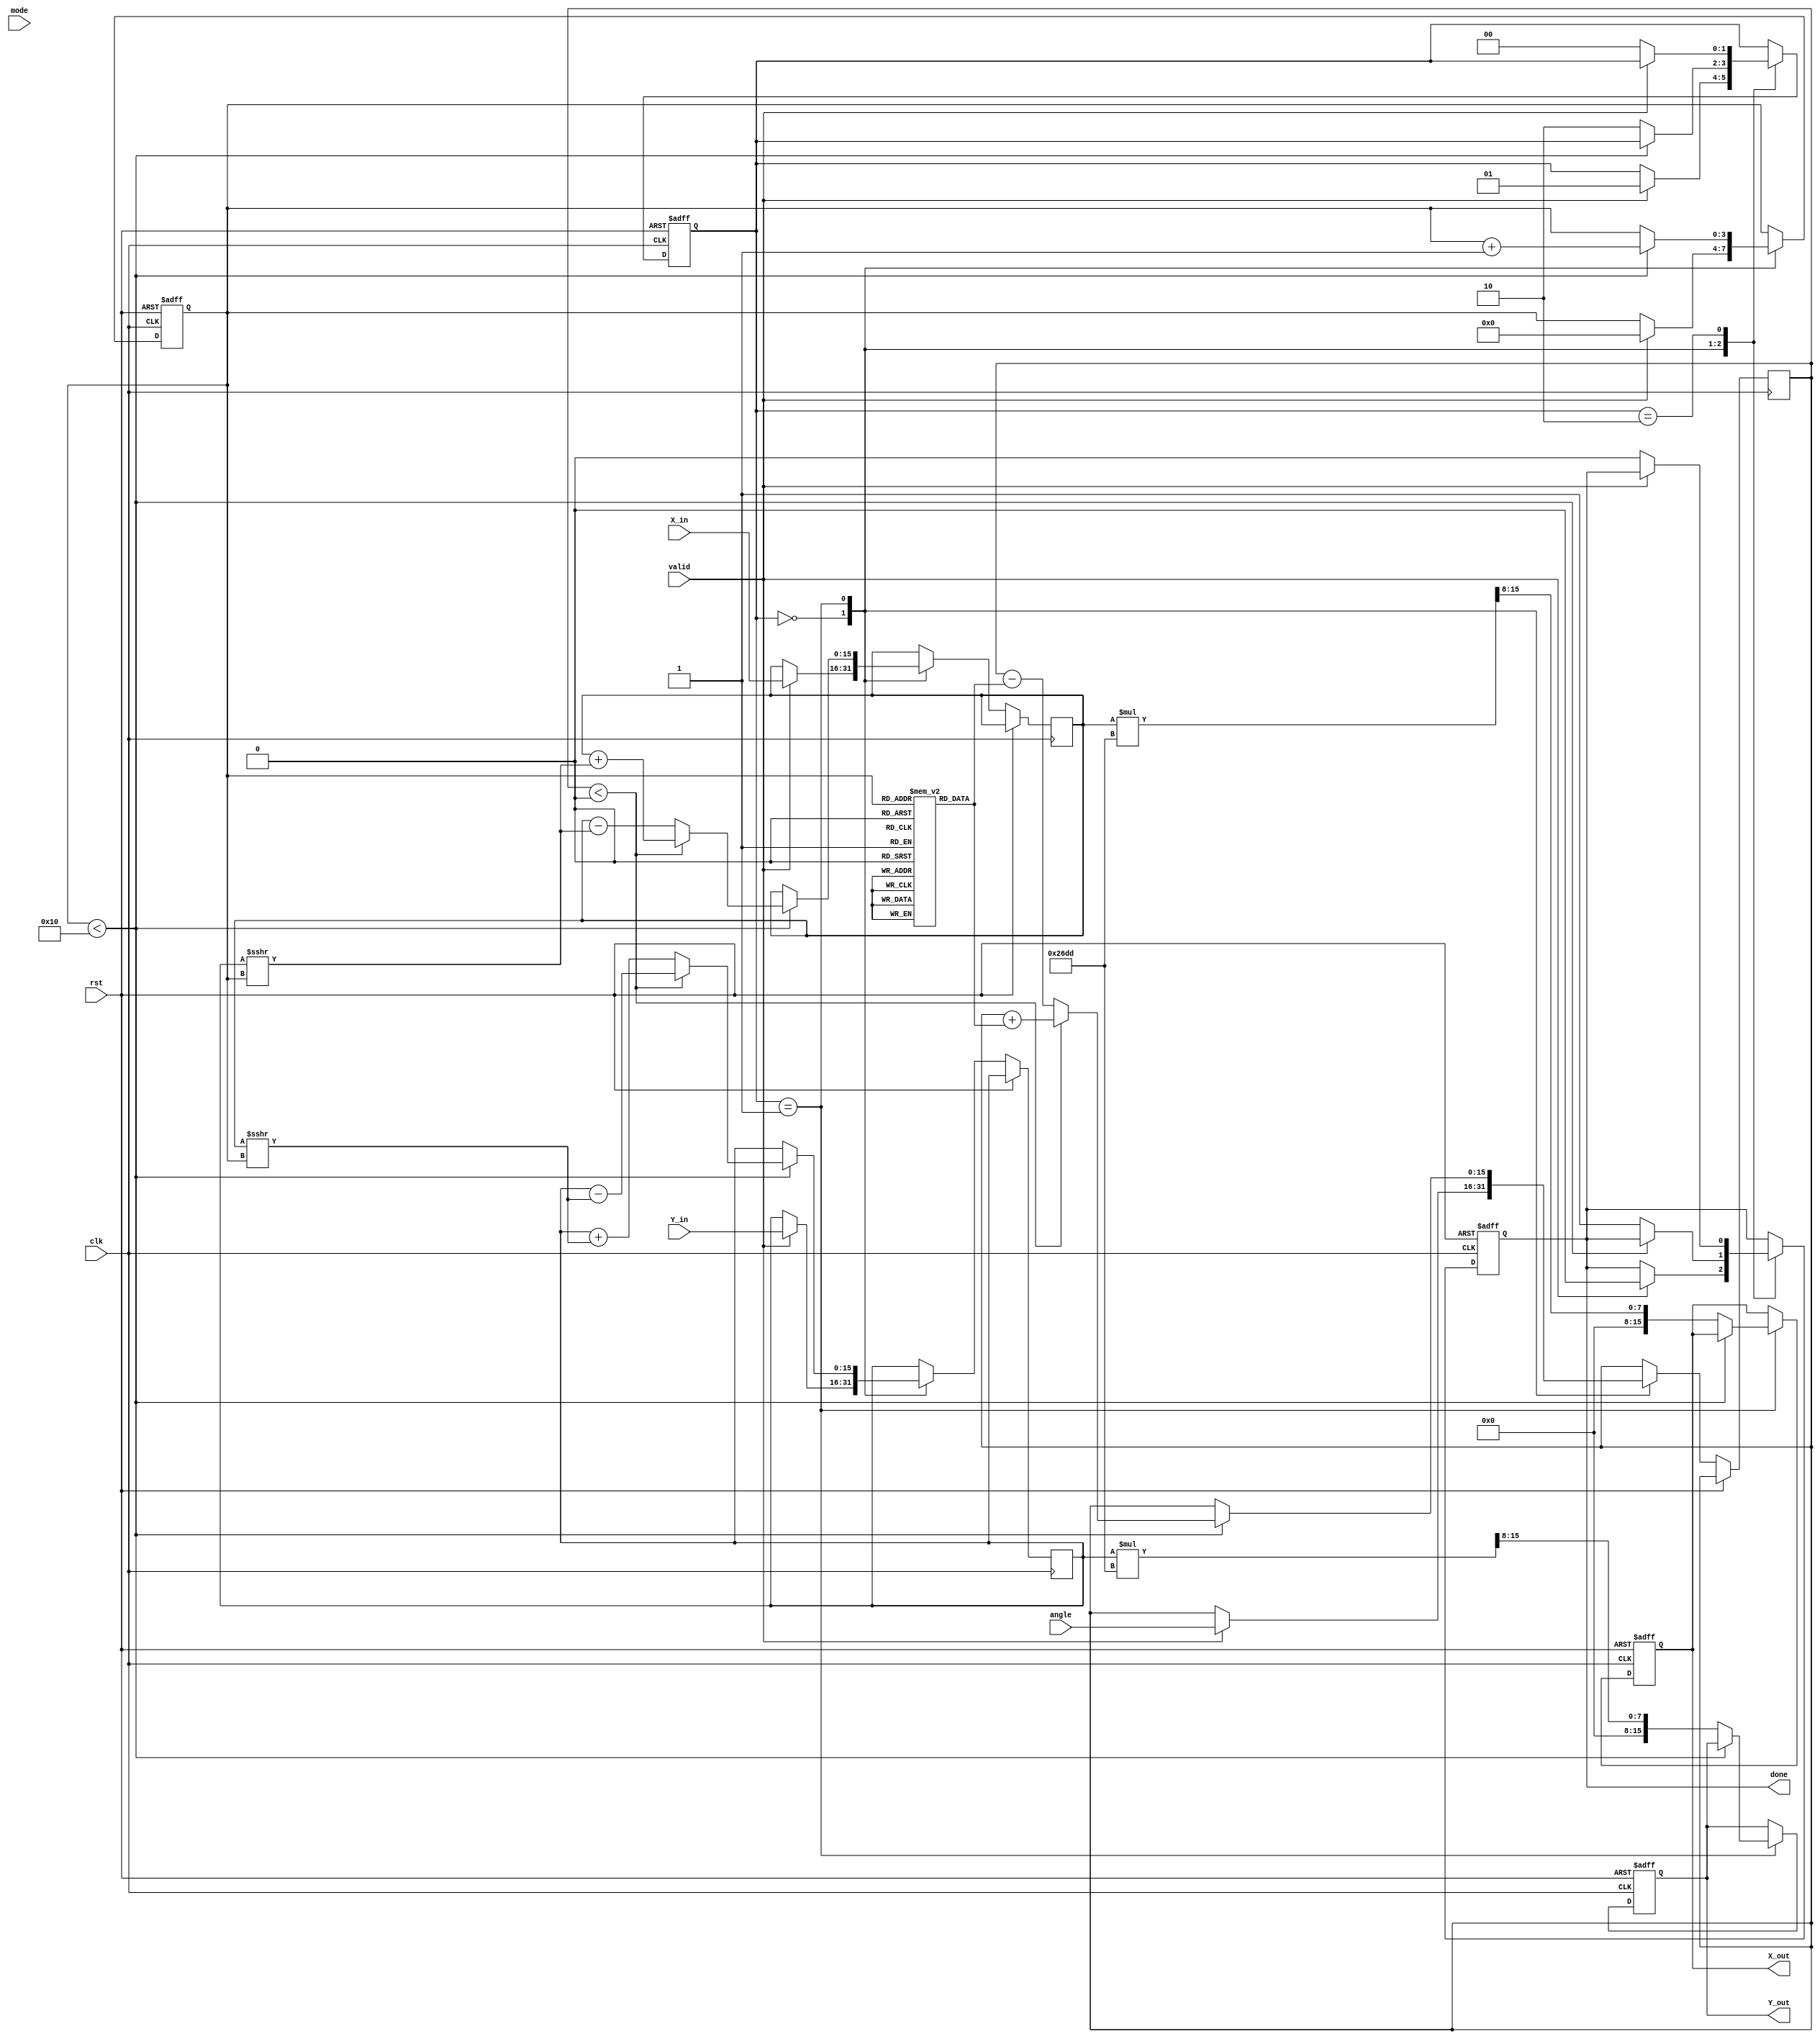
module cordic_fixed_point #(
    parameter WIDTH = 16, // Total bit width for fixed-point representation
    parameter IWIDTH = 8, // Integer part width
    parameter FWIDTH = WIDTH - IWIDTH // Fractional part width
)(
    input wire clk,
    input wire rst,
    input wire valid,
    input wire [WIDTH-1:0] X_in,
    input wire [WIDTH-1:0] Y_in,
    input wire [WIDTH-1:0] angle, // Angle in fixed-point representation
    input wire mode, // 0 for rotation, 1 for vectoring
    output reg [WIDTH-1:0] X_out,
    output reg [WIDTH-1:0] Y_out,
    output reg done
);

    // CORDIC parameters
    localparam N = 16; // Number of iterations
    reg [WIDTH-1:0] atan_table [0:N-1]; // Lookup table for arctangent values
    reg [WIDTH-1:0] X, Y, Z; // Internal registers for X, Y, and Z (angle)
    reg [3:0] iter; // Iteration counter
    reg [1:0] state; // State machine

    // Scaling factor (fixed-point)
    localparam SCALING_FACTOR = 16'h26DD; // Approximation of 1/sqrt(1+2^-2) for N=16

    // State machine states
    localparam IDLE = 2'b00;
    localparam PROCESS = 2'b01;
    localparam DONE = 2'b10;

    // Initialize the arctangent lookup table
    initial begin
        atan_table[0] = 16'h2000; // atan(1) = pi/4 in Q15
        atan_table[1] = 16'h1000; // atan(1/2) = pi/6 in Q15
        atan_table[2] = 16'h0800; // atan(1/4) = pi/12 in Q15
        // Fill in the rest of the atan_table...
        // atan_table[i] = atan(2^-i) for i = 3 to N-1
    end

    // State machine and CORDIC iterations
    always @(posedge clk or posedge rst) begin
        if (rst) begin
            state <= IDLE;
            iter <= 0;
            done <= 0;
            X_out <= 0;
            Y_out <= 0;
        end else begin
            case (state)
                IDLE: begin
                    if (valid) begin
                        X <= X_in;
                        Y <= Y_in;
                        Z <= angle;
                        iter <= 0;
                        done <= 0;
                        state <= PROCESS;
                    end
                end
                PROCESS: begin
                    if (iter < N) begin
                        // Determine the rotation direction
                        if (Z < 0) begin
                            X <= X + (Y >>> iter);
                            Y <= Y - (X >>> iter);
                            Z <= Z + atan_table[iter];
                        end else begin
                            X <= X - (Y >>> iter);
                            Y <= Y + (X >>> iter);
                            Z <= Z - atan_table[iter];
                        end
                        iter <= iter + 1;
                    end else begin
                        // Apply scaling factor
                        X_out <= X * SCALING_FACTOR >>> FWIDTH;
                        Y_out <= Y * SCALING_FACTOR >>> FWIDTH;
                        done <= 1;
                        state <= DONE;
                    end
                end
                DONE: begin
                    if (!valid) begin
                        state <= IDLE;
                        done <= 0;
                    end
                end
            endcase
        end
    end

endmodule